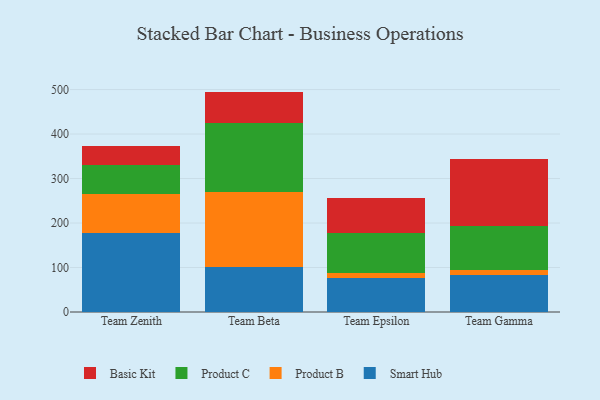
{"axis": {"x": "Team", "y": "Website Visitors"}, "legend": ["Basic Kit", "Product B", "Product C", "Smart Hub"], "data": [{"x": "Team Zenith", "y": 177.0, "type": "Smart Hub"}, {"x": "Team Zenith", "y": 87.3, "type": "Product B"}, {"x": "Team Zenith", "y": 67.1, "type": "Product C"}, {"x": "Team Zenith", "y": 42.3, "type": "Basic Kit"}, {"x": "Team Beta", "y": 101.2, "type": "Smart Hub"}, {"x": "Team Beta", "y": 167.6, "type": "Product B"}, {"x": "Team Beta", "y": 155.3, "type": "Product C"}, {"x": "Team Beta", "y": 71.3, "type": "Basic Kit"}, {"x": "Team Epsilon", "y": 76.9, "type": "Smart Hub"}, {"x": "Team Epsilon", "y": 11.2, "type": "Product B"}, {"x": "Team Epsilon", "y": 89.1, "type": "Product C"}, {"x": "Team Epsilon", "y": 78.7, "type": "Basic Kit"}, {"x": "Team Gamma", "y": 82.1, "type": "Smart Hub"}, {"x": "Team Gamma", "y": 13.4, "type": "Product B"}, {"x": "Team Gamma", "y": 97.4, "type": "Product C"}, {"x": "Team Gamma", "y": 151.4, "type": "Basic Kit"}]}